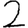
Digit: 2